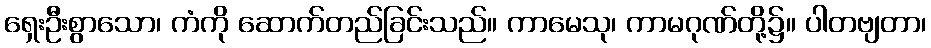
ရှေးဦးစွာသော၊ ကံကို ဆောက်တည်ခြင်းသည်။ ကာမေသု၊ ကာမဂုဏ်တို့၌။ ပါတဗျတာ၊